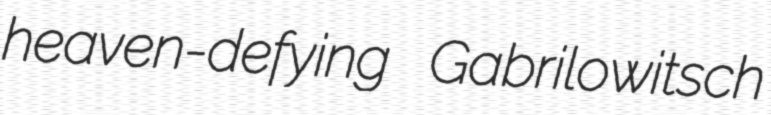
heaven-defying Gabrilowitsch